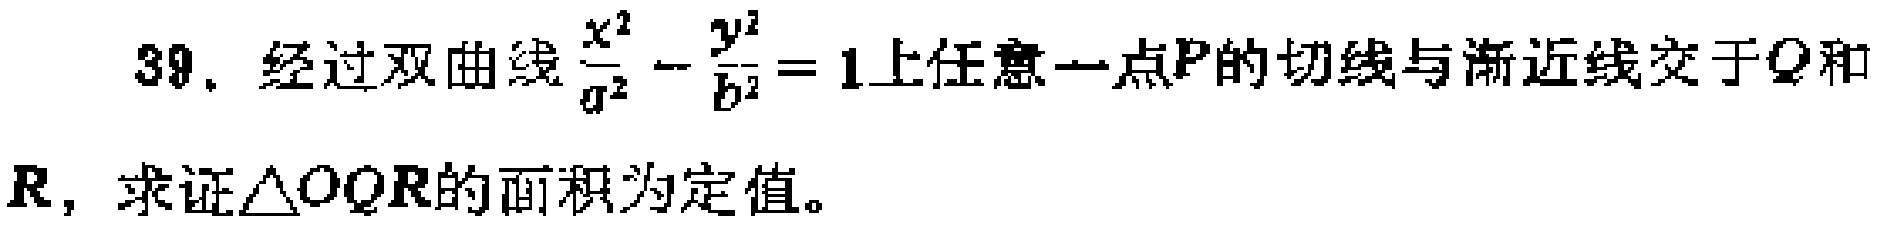
39. 经过双曲线$\frac{x^{2}}{a^{2}}-\frac{y^{2}}{b^{2}} = 1$上任意一点$P$的切线与渐近线交于$Q$和$R$，求证$\triangle OQR$的面积为定值。